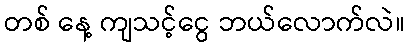
တစ် နေ့ ကျသင့်ငွေ ဘယ်လောက်လဲ။